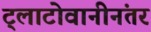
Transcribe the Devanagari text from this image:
ट्लाटोवानीनंतर